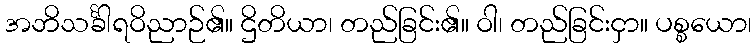
အဘိသင်္ခါရဝိညာဉ်၏။ ဌိတိယာ၊ တည်ခြင်း၏။ ဝါ၊ တည်ခြင်းငှာ။ ပစ္စယော၊